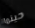
حينما